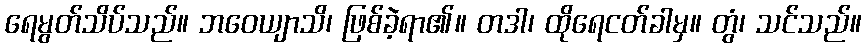
ရေမွတ်သိပ်သည်။ ဘဝေယျာသိ၊ ဖြစ်ခဲ့ရာ၏။ တဒါ၊ ထိုရေငတ်ခါမှ။ တွံ၊ သင်သည်။